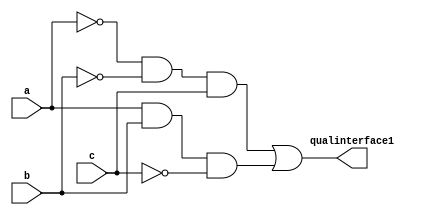
module qual_interface1(
	input a,b,c,
	output qualinterface1
);
wire [1:0] data;
not not0(a1,a);
not not1(b1,b);
not not2(c1,c);
and and0(data[0],a1,b1,c);
and and1(data[1],a,b,c1);
or or0(qualinterface1,data[0],data[1]);
endmodule 
//verifica se os bits da funo da interface 2 devem ir para os LEDS ou matriz